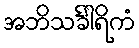
အဘိသင်္ခါရိကံ